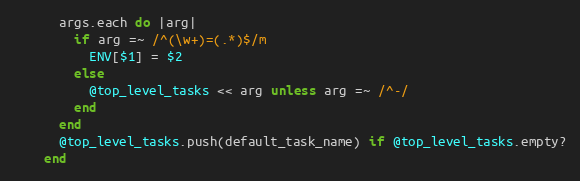
Language: Ruby
      args.each do |arg|
        if arg =~ /^(\w+)=(.*)$/m
          ENV[$1] = $2
        else
          @top_level_tasks << arg unless arg =~ /^-/
        end
      end
      @top_level_tasks.push(default_task_name) if @top_level_tasks.empty?
    end